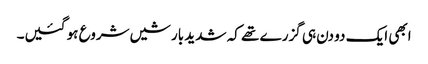
ابھی ایک دو دن ہی گزرے تھے کہ شدید بارشیں شروع ہو گئیں۔